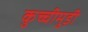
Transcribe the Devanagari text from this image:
कुच्चीमुड़ी